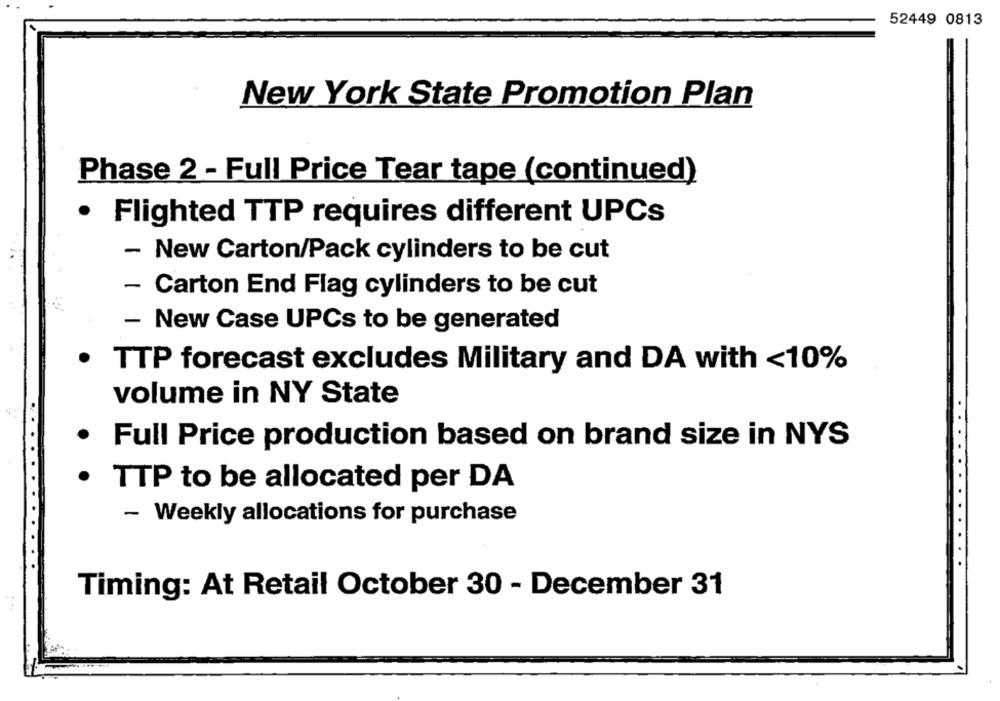
52449 0813
New York State Promotion Plan
Phase 2 - Full Price Tear tape (continued)
.
Flighted TTP requires different UPCs
- New Carton/Pack cylinders to be cut
- Carton End Flag cylinders to be cut
- New Case UPCs to be generated
· TTP forecast excludes Military and DA with <10%
volume in NY State
· Full Price production based on brand size in NYS
· TTP to be allocated per DA
- Weekly allocations for purchase
Timing: At Retail October 30 - December 31